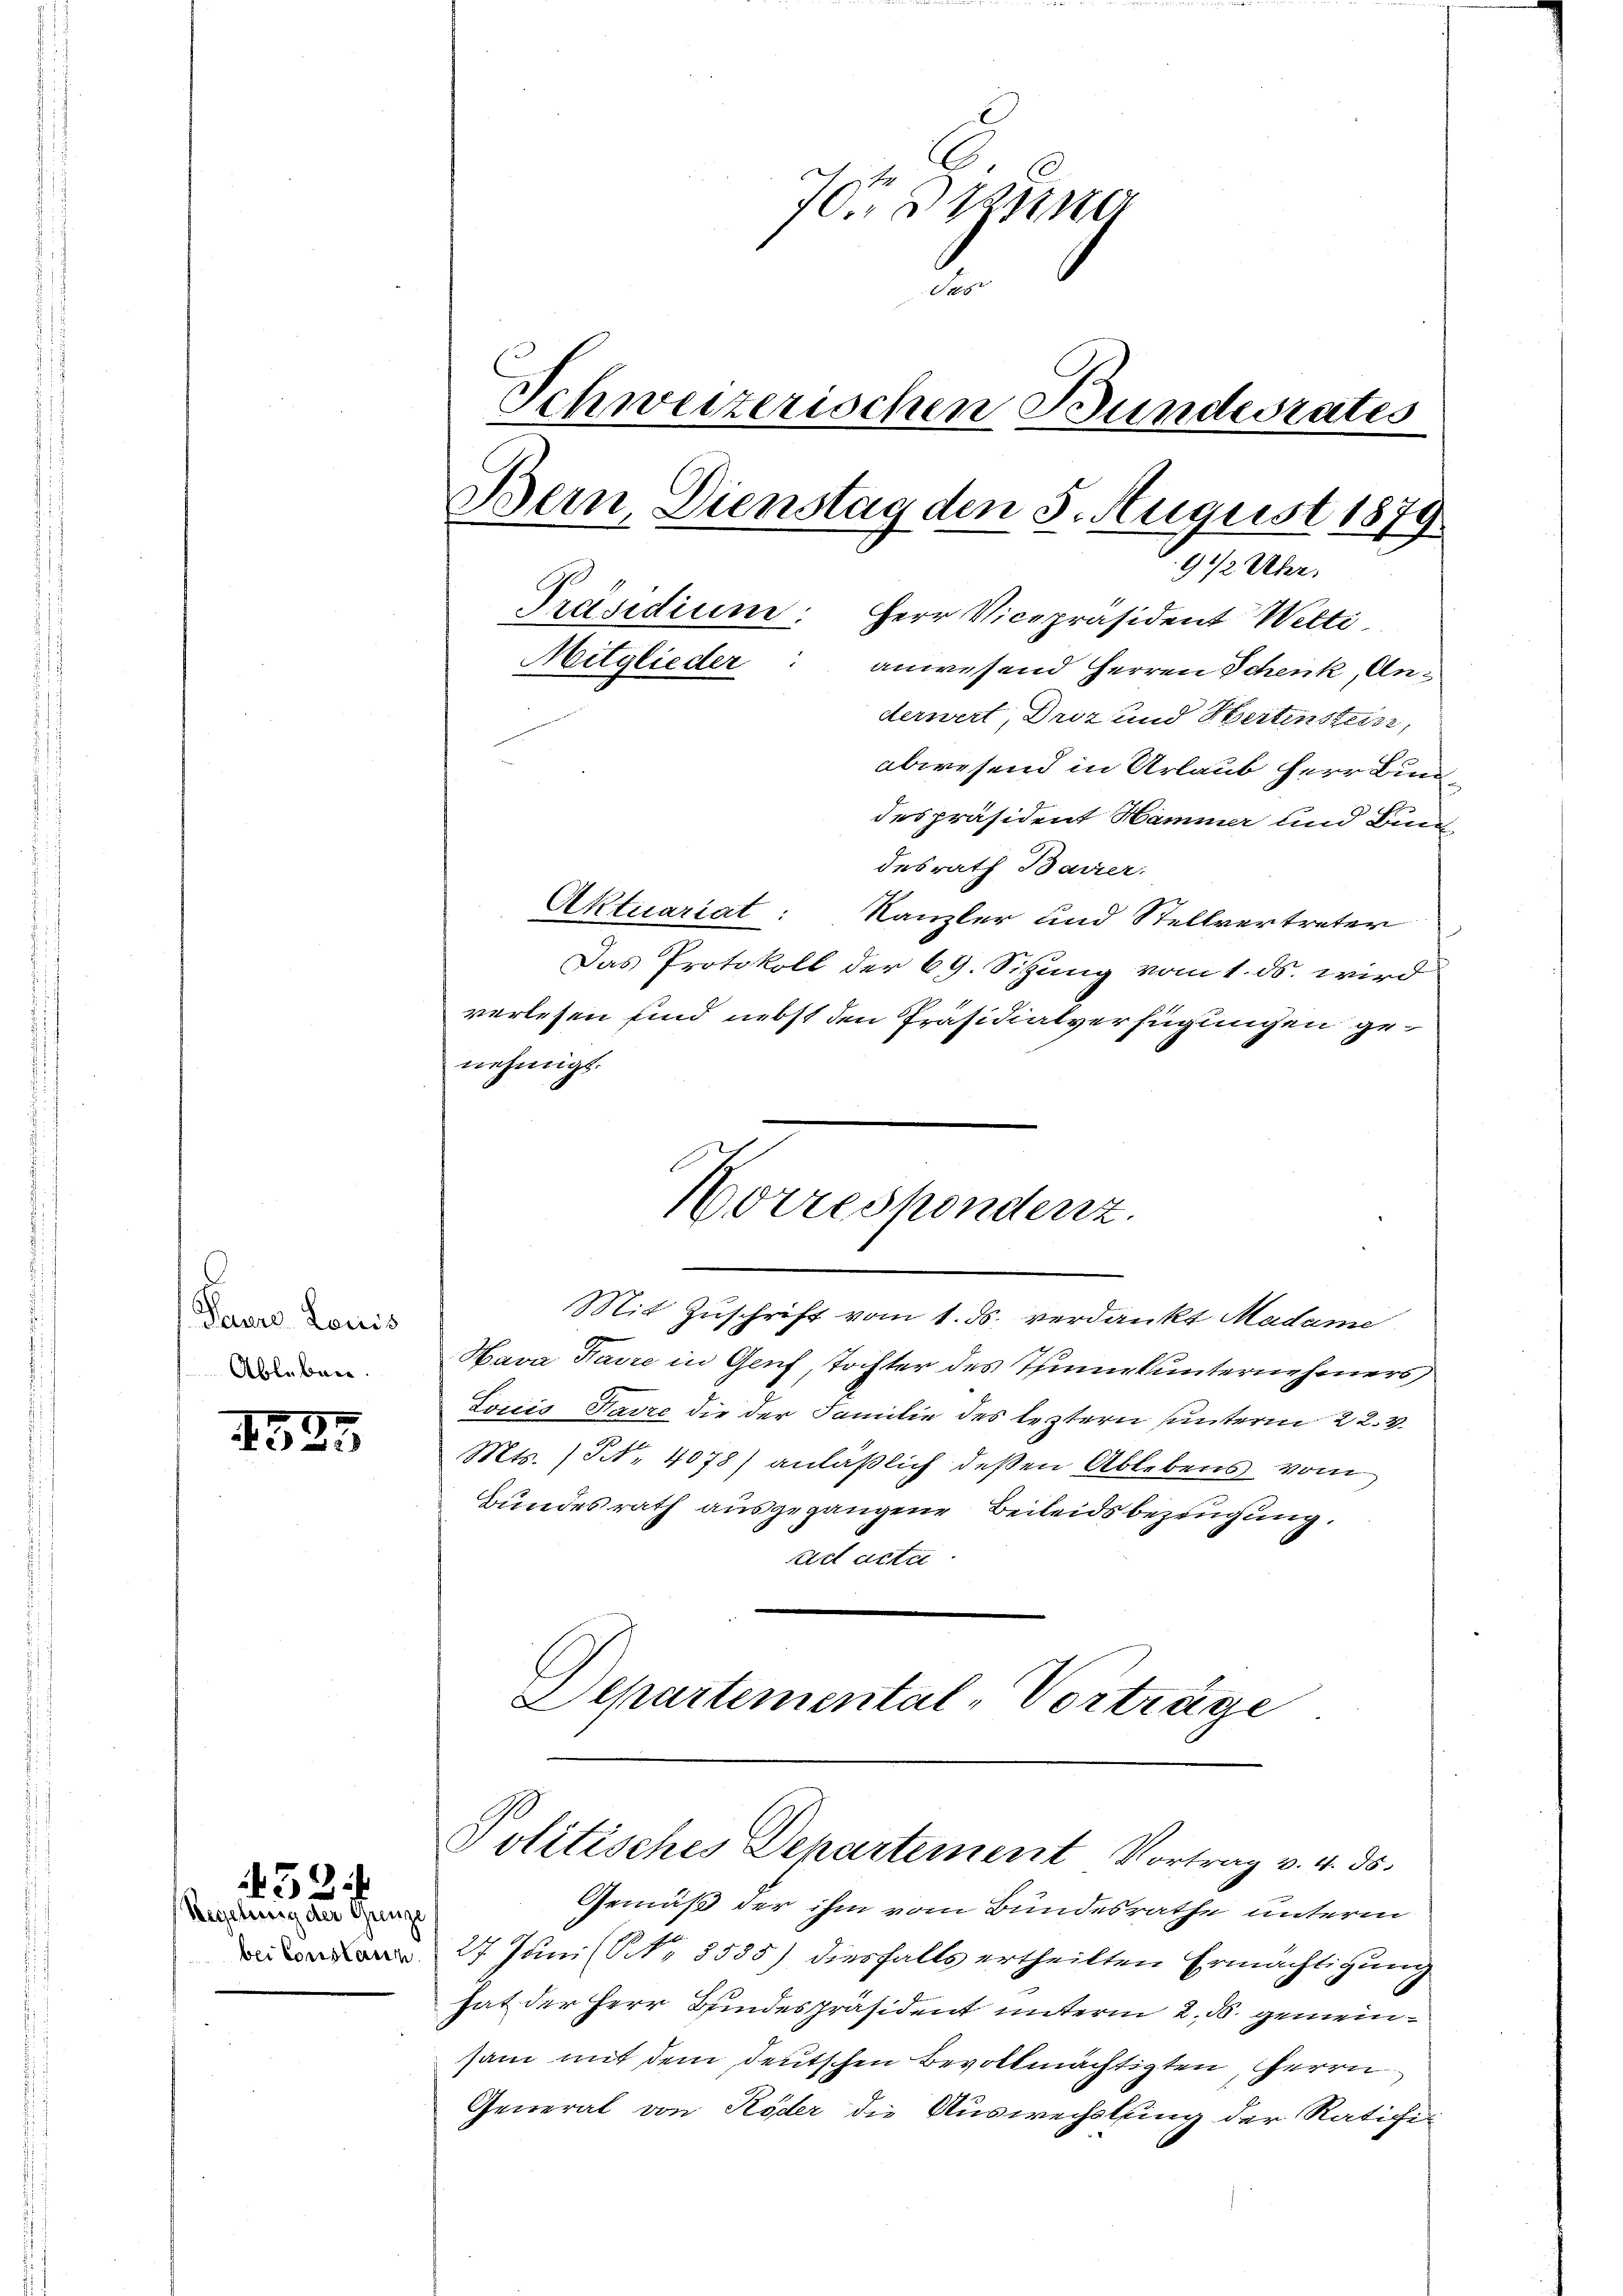
Puure Louis
Ableben.

1523

Begehung der Grenze
bei Consessen.

452

70t Brauna
Ses
Schweizerischen Bundesrates
Bern, Dienstag den 5. August 1879
9 1/2 Uhr.
Präsidium: Herr Vicepräsident Welti
Mitglieder: anwesend Herren Schenk, Anderwert, Droz und Hertinstein,
abwesend in Urlaub herr Bundespräsident Hammer und Bun

desrath Bavier.
Aktuariat.
Kanzler und Stellvertreter
Das Protokoll der 69. Sitzung vom 1. ds. wird
verlesen sind nebst den Präsidialverfügungen genehmigt.

Hava Kaire in Genf, Tochter des Thunekunternehmers
Louis Favre die der Familie des leztern unterm 22.
Mts. (T. 4078) anläßlich deßen Ablebens vom
Bundesrath ausgegangene Beileidsbezeugung,
Act acta
Departemental-Vorträge

Worrespondenz.
Mit Zuschrift vom 1. ds. verdankt Madame

Politisches Departement Vortrag v. 4. ds.

Gemäß der ihm vom Bundesrathe unterm
27 Juni (No 8535) diesfalls ertheilten Ermächtigung
hat der Herr Bundespräsident unterm 2. d. gemeinsam mit dem deutschen Bevollmächtigten, Herrn
General von Röder die Auswechslung der Ratichis